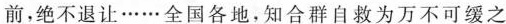
前，绝不退让……全国各地，知合群自救为万不可缓之